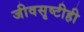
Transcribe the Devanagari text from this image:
जीवसृष्टीही